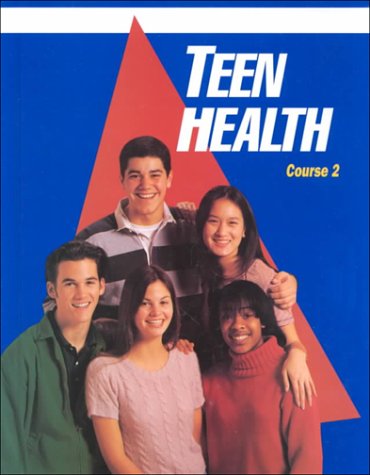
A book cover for Teen Health: Course 2; Mary Bronson Merki; Health, Fitness & Dieting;